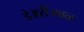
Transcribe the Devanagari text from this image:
डेअरीजवळ